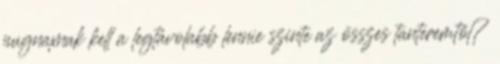
pugnaxnak kell a legtávolabb lennie szinte az összes tanteremtől?